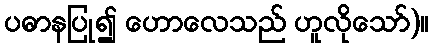
ပဓာနပြု၍ ဟောလေသည် ဟူလိုသော်)။